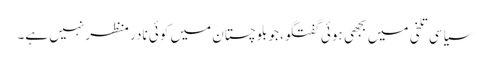
سیاسی تلخی میں بجھی ہوئی گفتگو، جو بلوچستان میں کوئی نادر منظر نہیں ہے۔